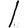
Digit: 1